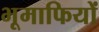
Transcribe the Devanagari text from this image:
भूमाफियों